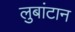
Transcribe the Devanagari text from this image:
लुबांटान